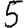
Digit: 5